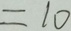
= 1 0